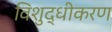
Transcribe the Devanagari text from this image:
विशुद्धीकरण